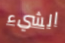
الشيء